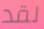
لقد